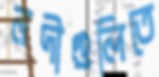
নদীগুলিতে